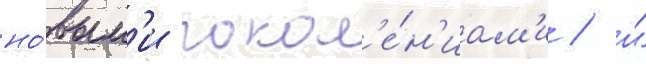
но́вым'и покол'е́н'иам'и / и́